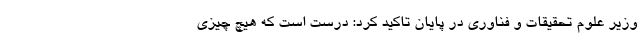
وزیر علوم تحقیقات و فناوری در پایان تاکید کرد: درست است که هیچ چیزی